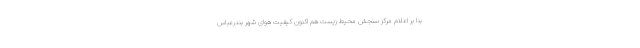
بنا بر اعلام مرکز سنجش محیط زیست هم اکنون کیفیت هوای شهر بندرعباس